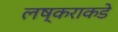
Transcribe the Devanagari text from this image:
लष्कराकडे